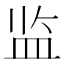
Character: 监